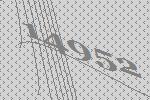
14952